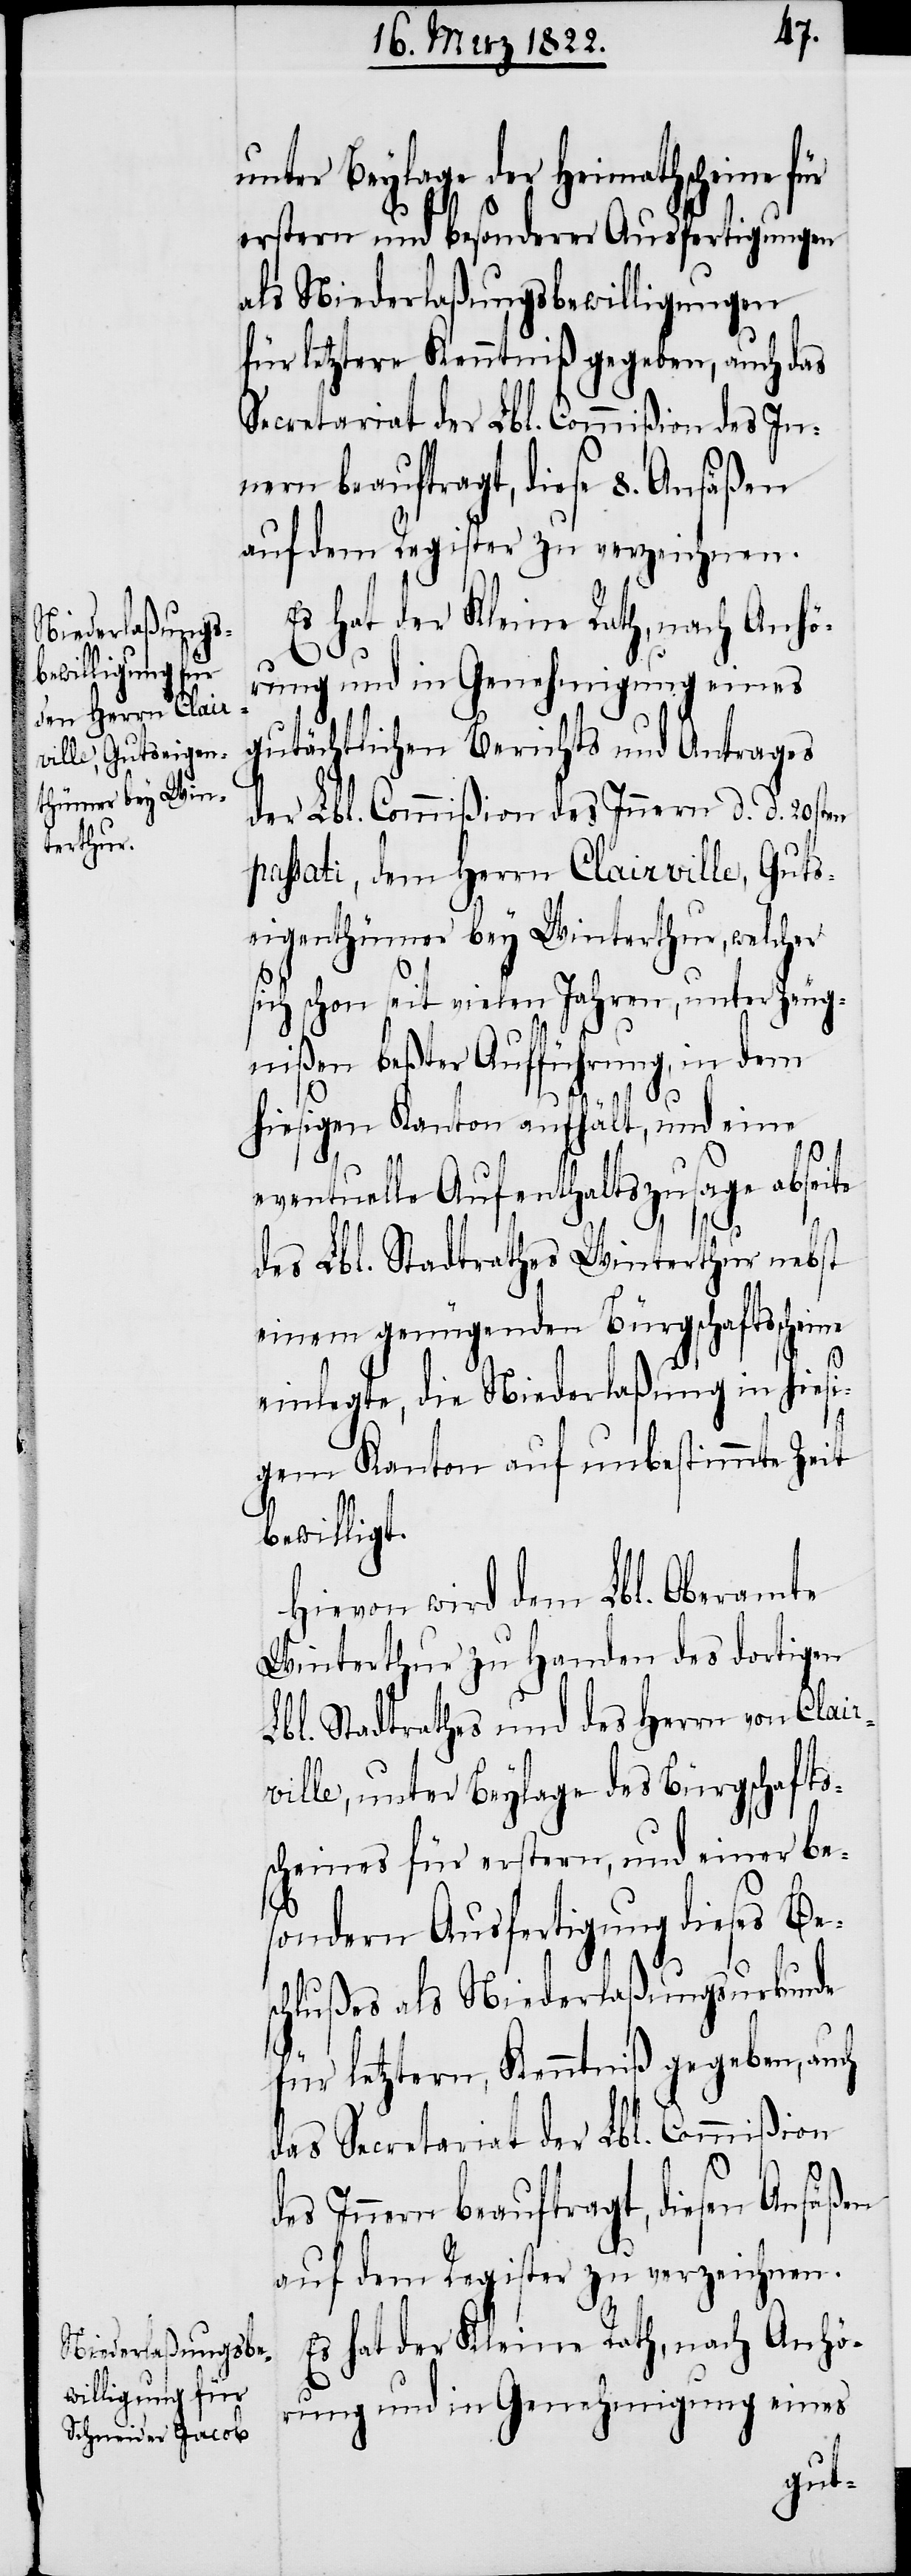
unter Beylage der Heimathscheine für
ne
erstere und besonderer Ausfertigungen
als Niederlaßungsbewilligungen
für letztere, Kenntniß gegeben, auch das
Secretariat der Lbl. Commißion des In¬
nern beauftragt, diesen Ansäßen
auf dem Register zu verzeichnen.
Es hat der Kleine Rath, nach Anhö¬
rung und in Genehmigung eines
gutächtlichen Berichts und Antrages
der Lbl. Commißion des Innern d. d. 20sten
passati, dem Herrn Clairville, Guts¬
eigenthümer bey Winterthur, welcher
sich schon seit vielen Jahren, unter Zeug¬
nißen beßter Aufführung, in dem
hiesigen Kanton aufhält, und eine
eventuelle Aufenthaltszusage abseite
des Lbl. Stadtrathes Winterthur nebst
einem genügenden Bürgschaftsschei¬
einlegte, die Niederlaßung in hiesi¬
gem Kanton auf unbestimmte Zeit
bewilligt.
Hievon wird dem Lbl. Oberamte
Winterthur zu Handen des dortigen
Lbl. Stadtrathes und des Herrn von Clair¬
ville, unter Beylage des Bürgschafts¬
scheines für erstern, und einer be¬
sondern Ausfertigung dieses Bes¬
chlußes als Niederlaßungsurkunde
Es hat der Kleine Rath, nach Anhö¬
rung und in Genehmigung eines